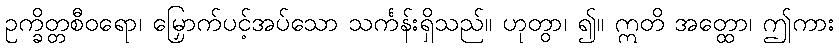
ဥက္ခိတ္တစီဝရော၊ မြှောက်ပင့်အပ်သော သင်္ကန်းရှိသည်။ ဟုတွာ၊ ၍။ ဣတိ အတ္ထော၊ ဤကား